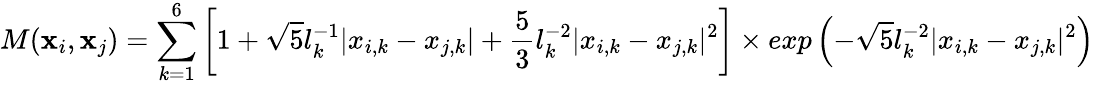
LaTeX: M({\mathbf x}_{i},{\mathbf x}_{j})=\sum_{{k}=1}^{6}\left[1+\sqrt{5}l_{k}^{-1}|x_{i,k}-x_{j,k}|+\frac{5}{3}l_{k}^{-2}|x_{i,k}-x_{j,k}|^{2}\right]\times exp\left(-\sqrt{5}l_{k}^{-2}|x_{i,k}-x_{j,k}|^{2}\right)